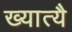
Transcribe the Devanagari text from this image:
ख्यात्यै